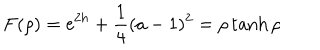
F ( \rho ) = \mathrm { e } ^ { 2 h } + \frac { 1 } { 4 } ( a - 1 ) ^ { 2 } = \rho \tanh \rho